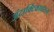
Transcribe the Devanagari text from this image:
अंटार्क्टिकावरून